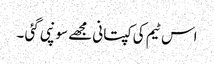
اس ٹیم کی کپتانی مجھے سونپی گئی ۔